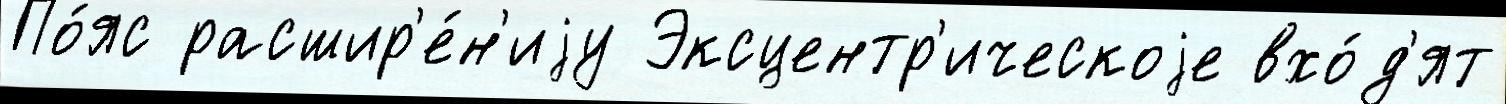
По́яс расшир'е́н'иjу Эксцентр'ическоjе вхо́д'ят